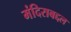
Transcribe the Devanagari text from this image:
मंदिराबद्दल